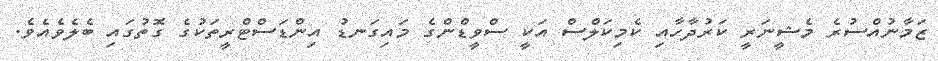
ޒަމާނުއްސުރެ މެޝީނަރީ ކަރުދާހާއި ކެމިކަލްސް އަކީ ސްވީޑްންގެ މައިގަނޑު އިންޑަސްޓްރީތަކުގެ ގޮތުގައި ބެލެވެއެވެ.